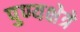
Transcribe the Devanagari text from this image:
पुण्यक्षेत्रे